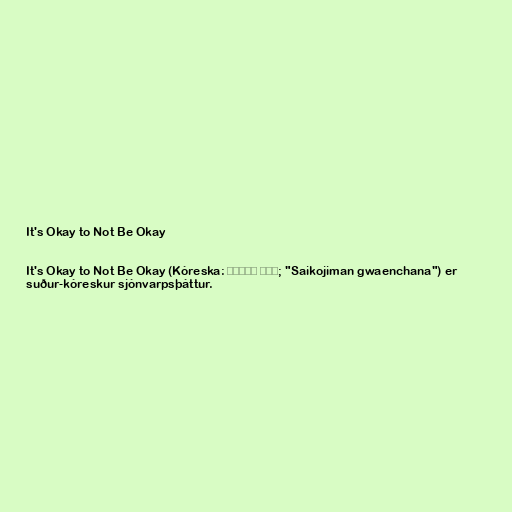
It's Okay to Not Be Okay

It's Okay to Not Be Okay (Kóreska: 사이코지만 괜찮아; "Saikojiman gwaenchana") er
suður-kóreskur sjónvarpsþáttur.